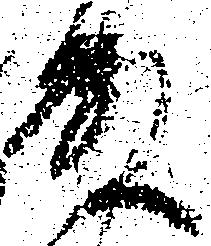
殿